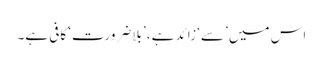
اس میں ’سے‘ زائد ہے، ’بلاضرورت‘ کافی ہے۔